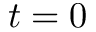
t = 0